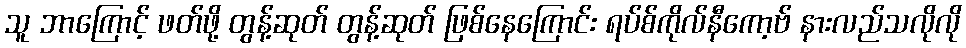
သူ ဘာကြောင့် ဖတ်ဖို့ တွန့်ဆုတ် တွန့်ဆုတ် ဖြစ်နေကြောင်း ရပ်စ်ကိုလ်နီကော့ဗ် နားလည်သလိုလို